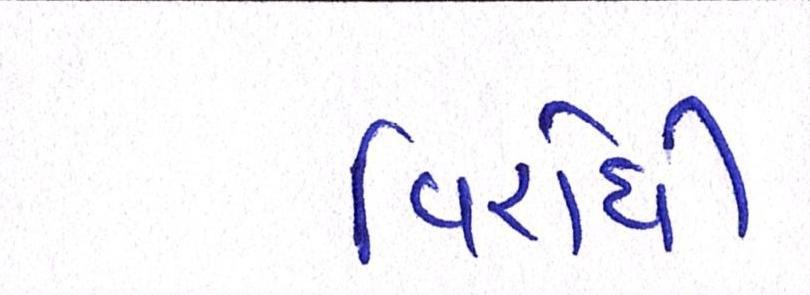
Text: વિરોધી